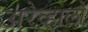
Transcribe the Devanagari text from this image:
अरेव्हालो